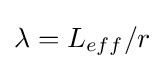
{\textstyle \lambda =L_{eff}/r}